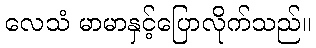
လေသံ မာမာနှင့်ပြောလိုက်သည်။